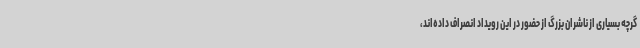
گرچه بسیاری از ناشران بزرگ از حضور در این رویداد انصراف داده‌اند،